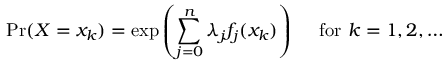
\Pr ( X = x _ { k } ) = \exp \left( \sum _ { j = 0 } ^ { n } \lambda _ { j } f _ { j } ( x _ { k } ) \right) \quad { \mathrm { ~ f o r ~ } } k = 1 , 2 , \ldots